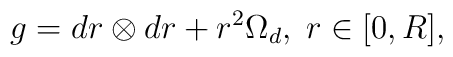
g=dr \otimes dr + r^{2} \Omega_{d} , \; r \in [0,R],